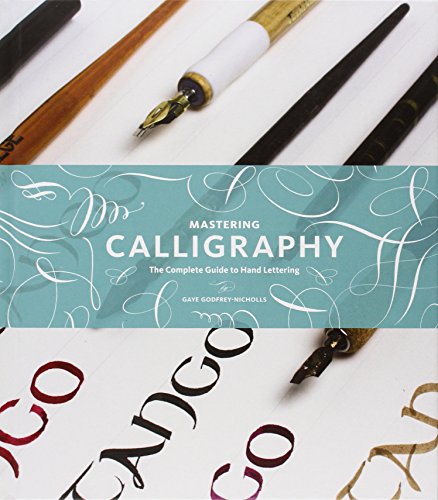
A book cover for Mastering Calligraphy: The Complete Guide to Hand Lettering; Gaye Godfrey-Nicholls; Arts & Photography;